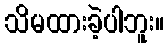
သိမထားခဲ့ပါဘူး။